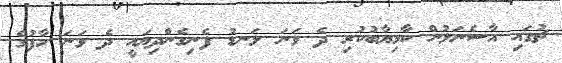
ޗުގައި އާސެނަލުން ކާމިޔާބުކުރި ދެ ވަނަ ލަނޑު ފެނިގެންދިޔައީ ދެ ވަނަ ހާފުގެ